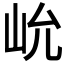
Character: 𰎍